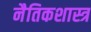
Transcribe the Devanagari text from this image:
नैतिकशास्त्र